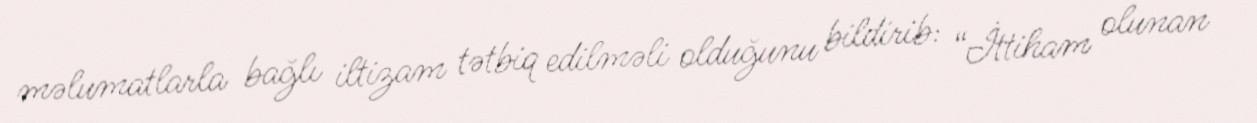
məlumatlarla bağlı iltizam tətbiq edilməli olduğunu bildirib: “İttiham olunan